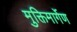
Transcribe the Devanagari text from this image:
मुक्तिमार्गेण